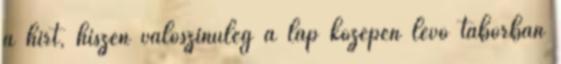
a hírt, hiszen valószínűleg a láp közepén lévő táborban